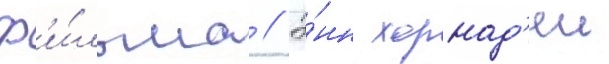
ф'и́льма // Э́нн хорнад'еи